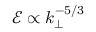
\mathcal { E } \propto k _ { \perp } ^ { - 5 / 3 }